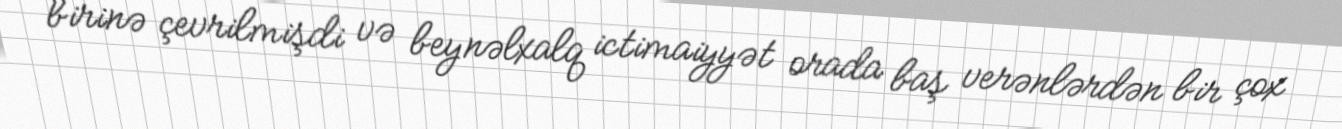
birinə çevrilmişdi və beynəlxalq ictimaiyyət orada baş verənlərdən bir çox